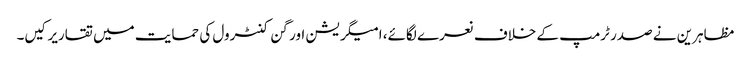
مظاہرین نے صدر ٹرمپ کے خلاف نعرے لگائے، امیگریشن اور گن کنٹرول کی حمایت میں تقاریرکیں۔